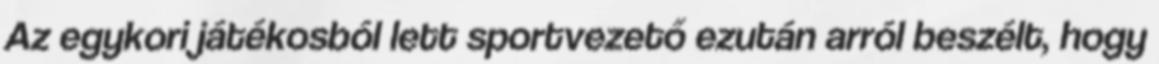
Az egykori játékosból lett sportvezető ezután arról beszélt, hogy